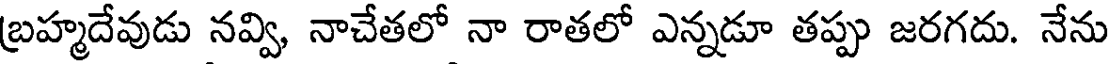
బ్రహ్మదేవుడు నవ్వి, నాచేతలో నా రాతలో ఎన్నడూ తప్పు జరగదు. నేను